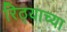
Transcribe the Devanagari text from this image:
रिठ्याच्या